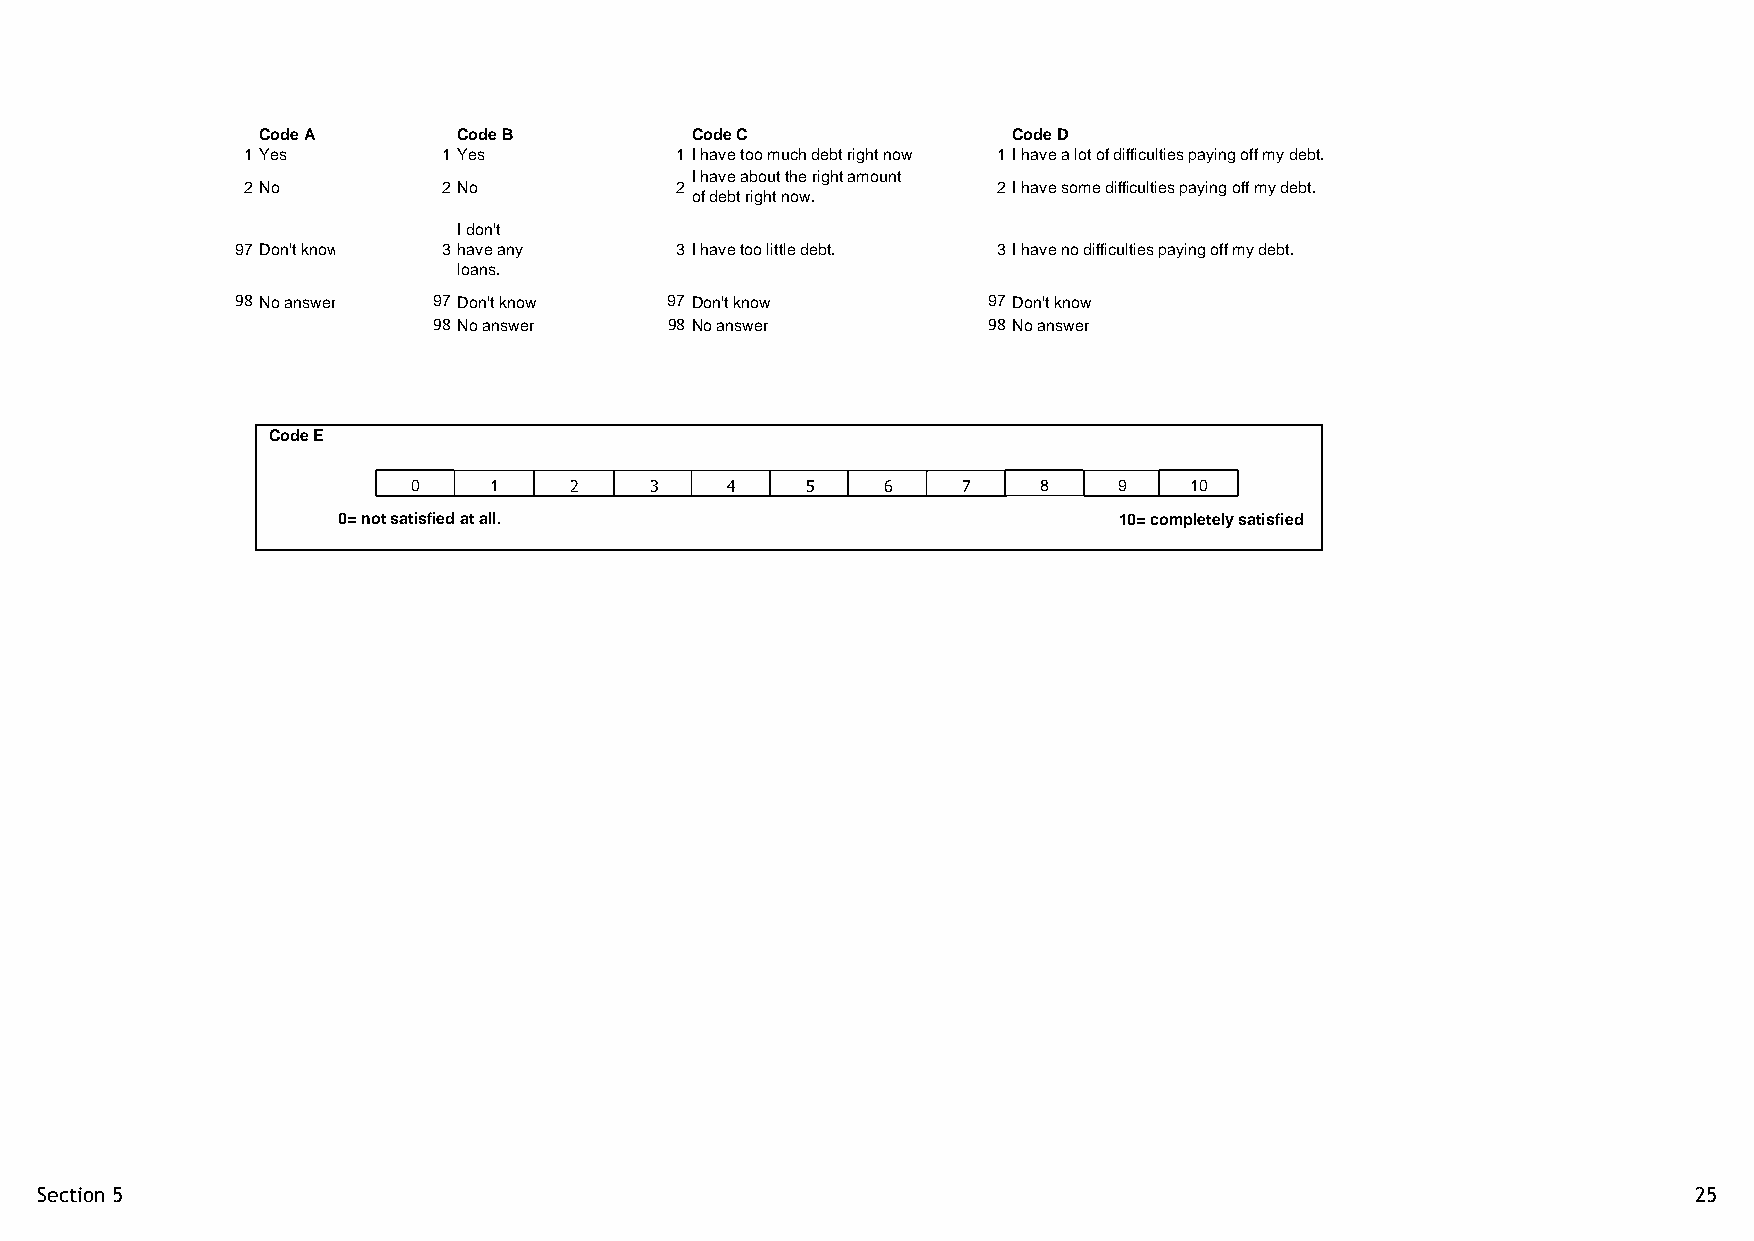
Code A       Code B          Code C               Code D
 1 Yes        1 Yes           1 I have too much debt right now. 1 I have a lot of difficulties paying off my debt.
 I have about the right amount
 2 No         2 No            2                    2 I have some difficulties paying off my debt.
 of debt right now.
 I don't
 97 Don't know 3 have any     3 I have too little debt. 3 I have no difficulties paying off my debt.
 loans.
 98 No answer 97 Don't know  97 Don't know        97 Don't know
 98 No answer   98 No answer         98 No answer
 Code E
 0    1     2    3    4    5     6    7    8    9    10
 0= not satisfied at all.                            10= completely satisfied
 Section 5                                                                                                     25